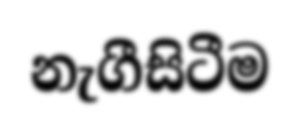
නැගීසිටීම